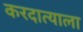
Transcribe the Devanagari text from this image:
करदात्याला